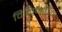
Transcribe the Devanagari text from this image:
विकिमेपिया